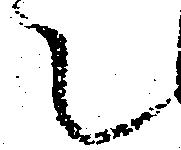
て